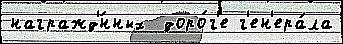
награжд'́нных  доро́г'е г'ен'ера́ла